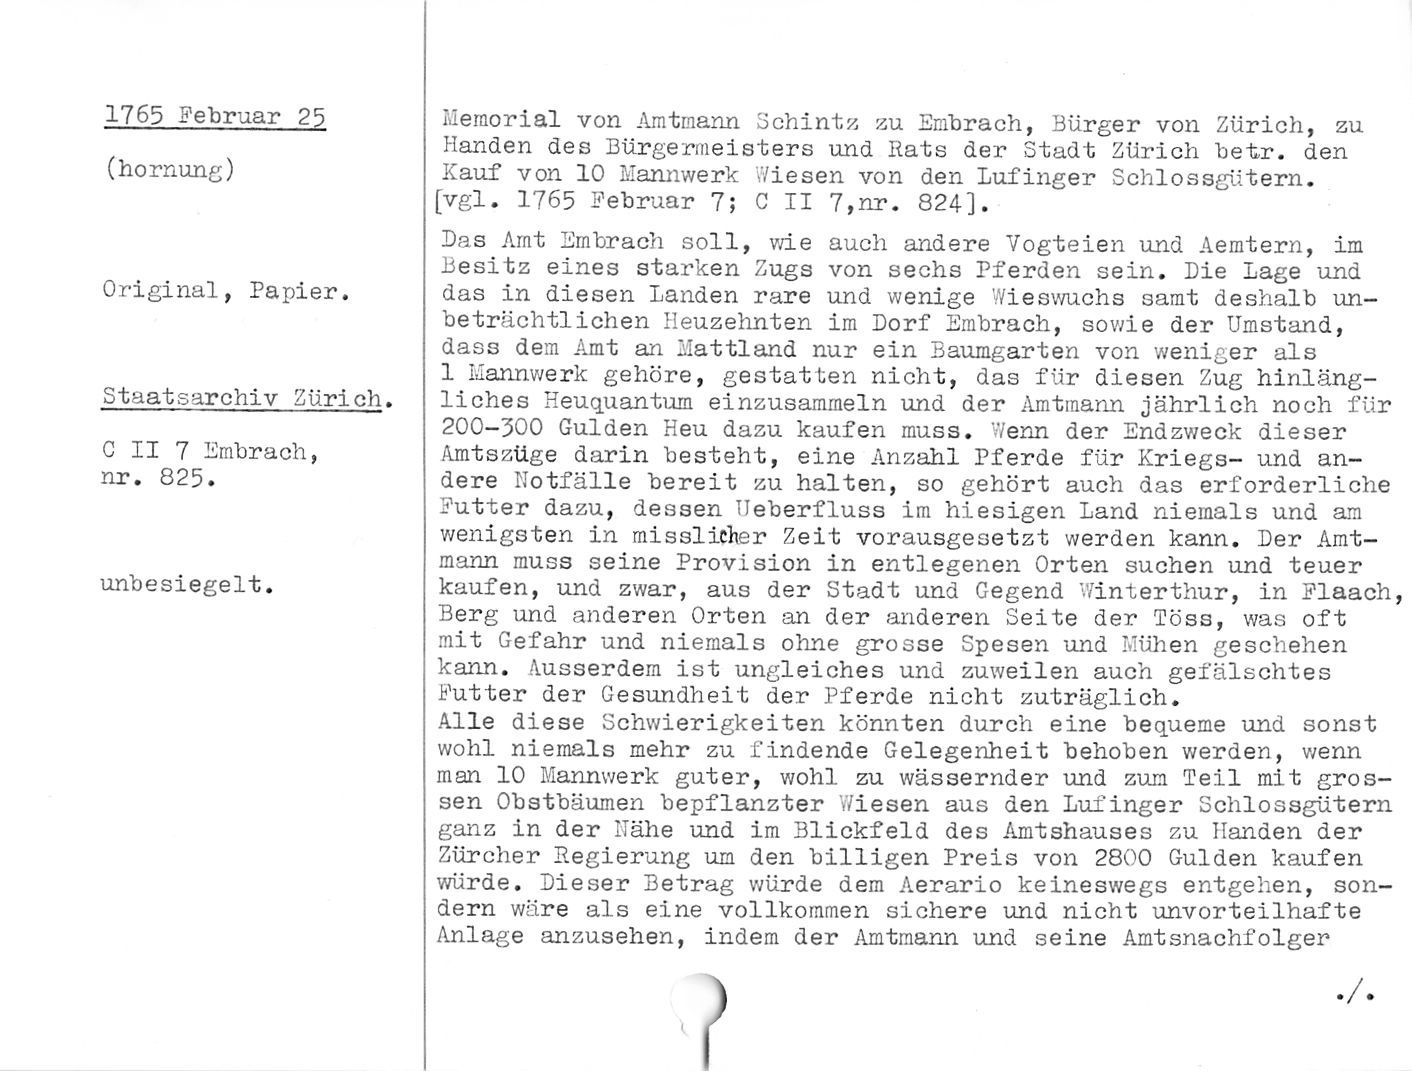
1765 Februar 25

(hornung)

Original, Papier.

Staatsarchiv Zürich.

C II 7 Umbrach,
nr. 825.

unbesiegelt.

Memorial von Amtmann Schintz zu Embrach, Bürger von Zürich, zu
Händen des Bürgermeisters und Rats der Stadt Zürich betr. den
Kauf von 10 Mannwerk Wiesen von den Lufinger Schlossgütern.

[vgl. 1765 Eebruar 7; C II 7,nr. 824].

Das Amt Einbrach soll, wie auch andere Vogteien und Aemtern, im
Besitz eines starken Zugs von sechs Pferden sein. Die Lage und
das in diesen Landen rare und wenige Wieswuchs samt deshalb un¬
beträchtlichen Heuzehnten im Dorf Embrach, sowie der Umstand,
dass dem Amt an Mattland nur ein Baumgarten von weniger als
1 Mannwerk gehöre, gestatten nicht, das für diesen Zug hinläng¬
liches Heuquantum einzusammeln und der Amtmann jährlich noch für
200-500 Gulden Heu dazu kaufen muss. Wenn der Endzweck dieser
Amtszüge darin besteht, eine Anzahl Pferde für Kriegs- und an¬
dere Notfälle bereit zu halten, so gehört auch das erforderliche
Futter dazu, dessen Nebenfluss im hiesigen Land niemals und am
wenigsten in misslicher Zeit vorausgesetzt werden kann. Der Amt¬
mann muss seine Provision in entlegenen Orten suchen und teuer
kaufen, und zwar, aus der Stadt und Gegend Winterthur, in Flaach,
Berg und anderen Orten an der anderen Seite der Löss, was oft
mit Gefahr und niemals ohne grosse Spesen und Mühen geschehen
kann. Ausserdem ist ungleiches und zuweilen auch gefälschtes
Futter der Gesundheit der Pferde nicht zuträglich.

Alle diese Schwierigkeiten könnten durch eine bequeme und sonst
wohl niemals mehr zu findende Gelegenheit behoben werden, wenn
man 10 Mannwerk guter, wohl zu wässernder und zun Teil mit gros¬
sen Obstbäumen bepflanzter Wiesen aus den Lufinger Schlossgütern
ganz in der Nähe und im Blickfeld des Amtshauses zu Händen der
Zürcher Regierung um den billigen Preis von 2800 Gulden kaufen
würde. Dieser Betrag würde dem Aerario keineswegs entgehen, son¬
dern wäre als eine vollkommen sichere und nicht unvorteilhafte
Anlage anzusehen, indem der Amtmann und seine Amtsnachfolger